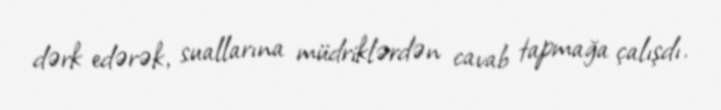
dərk edərək, suallarına müdriklərdən cavab tapmağa çalışdı.